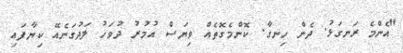
"އެންމެ ރަނގަޅު. ދެން ހިނގާ. ކޮންމެގޮތެއް ވިޔަސް އުމުރު ދުވަހު ލަދުގަނެއޭ ކިޔާފައި